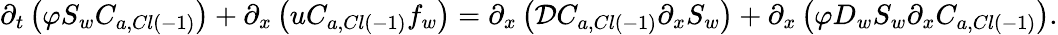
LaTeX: \partial_{t}\left(\varphi S_{w}C_{a,Cl\left(-1\right)}\right)+\partial_{x}\left(uC_{a,Cl\left(-1\right)}f_{w}\right)=\partial_{x}\left(\mathcal{D}C_{a,Cl\left(-1\right)}\partial_{x}S_{w}\right)+\partial_{x}\left(\varphi D_{w}S_{w}\partial_{x}C_{a,Cl\left(-1\right)}\right).